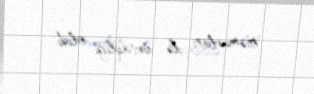
məmurları ilə ortaqlığı olub.